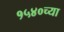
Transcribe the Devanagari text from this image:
१५४०च्या